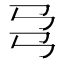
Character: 𢎙